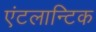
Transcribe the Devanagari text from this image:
एंटलान्टिक